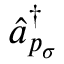
\hat { a } _ { p _ { \sigma } } ^ { \dagger }